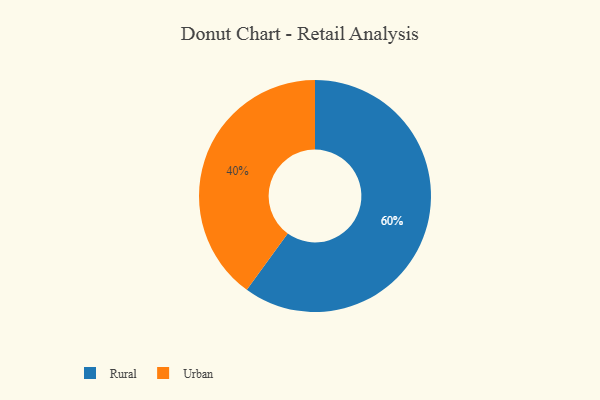
{"axis": {"x": "Category", "y": "Percentage"}, "legend": ["Rural", "Urban"], "data": [{"x": "Rural", "y": 60, "type": "Rural"}, {"x": "Urban", "y": 40, "type": "Urban"}]}